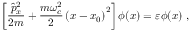
\left[ \frac { \hat { p } _ { x } ^ { 2 } } { 2 m } + \frac { m \omega _ { c } ^ { 2 } } { 2 } \left( x - x _ { 0 } \right) ^ { 2 } \right] \phi ( x ) = \varepsilon \phi ( x ) \; ,